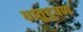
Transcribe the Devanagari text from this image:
धातुदूषण